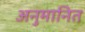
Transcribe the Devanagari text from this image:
अनुमानित